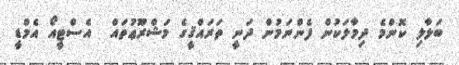
ބަލާލި ކޮންމެ ދިމާލަކުން ފެންނަމުން ދަނީ ތަރައްޤީގެ މަޝްރޫޢުތައް  އެސްޓީއޯ އެމްޑީ